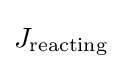
J_{\text{reacting}}